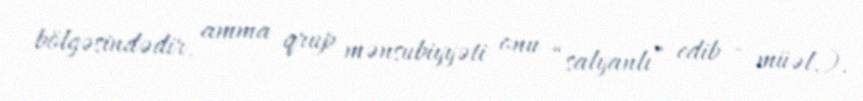
bölgəsindədir, amma qrup mənsubiyyəti onu “salyanlı” edib - müəl.).